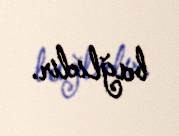
bağlıdır.